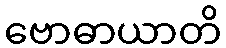
ဗောဓာယာတိ